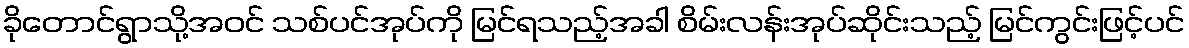
ခိုတောင်ရွာသို့အဝင် သစ်ပင်အုပ်ကို မြင်ရသည့်အခါ စိမ်းလန်းအုပ်ဆိုင်းသည့် မြင်ကွင်းဖြင့်ပင်